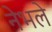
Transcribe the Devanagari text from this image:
नेभले